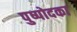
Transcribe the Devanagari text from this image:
पुष्पोदका